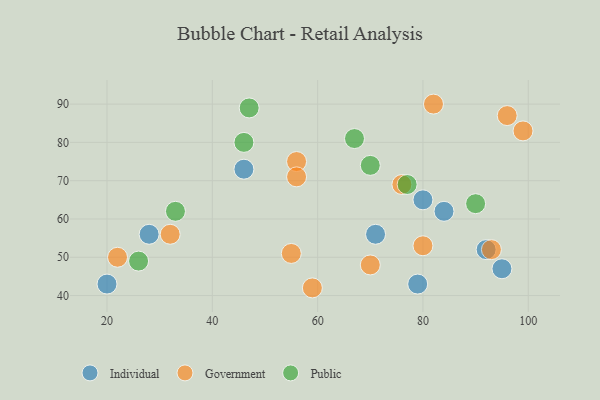
{"axis": {"x": "GDP", "y": "Life Expectancy"}, "legend": ["Government", "Individual", "Public"], "data": [{"x": "71", "y": 56, "type": "Individual"}, {"x": "28", "y": 56, "type": "Individual"}, {"x": "80", "y": 65, "type": "Individual"}, {"x": "84", "y": 62, "type": "Individual"}, {"x": "79", "y": 43, "type": "Individual"}, {"x": "95", "y": 47, "type": "Individual"}, {"x": "20", "y": 43, "type": "Individual"}, {"x": "92", "y": 52, "type": "Individual"}, {"x": "46", "y": 73, "type": "Individual"}, {"x": "56", "y": 75, "type": "Government"}, {"x": "59", "y": 42, "type": "Government"}, {"x": "70", "y": 48, "type": "Government"}, {"x": "82", "y": 90, "type": "Government"}, {"x": "56", "y": 71, "type": "Government"}, {"x": "99", "y": 83, "type": "Government"}, {"x": "80", "y": 53, "type": "Government"}, {"x": "76", "y": 69, "type": "Government"}, {"x": "93", "y": 52, "type": "Government"}, {"x": "32", "y": 56, "type": "Government"}, {"x": "96", "y": 87, "type": "Government"}, {"x": "55", "y": 51, "type": "Government"}, {"x": "22", "y": 50, "type": "Government"}, {"x": "46", "y": 80, "type": "Public"}, {"x": "26", "y": 49, "type": "Public"}, {"x": "47", "y": 89, "type": "Public"}, {"x": "77", "y": 69, "type": "Public"}, {"x": "67", "y": 81, "type": "Public"}, {"x": "33", "y": 62, "type": "Public"}, {"x": "90", "y": 64, "type": "Public"}, {"x": "70", "y": 74, "type": "Public"}]}